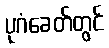
ပုဂံခေတ်တွင်